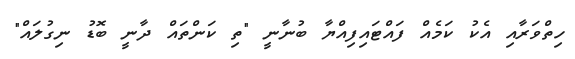
ހިތްވަރާއި އެކު ކަމެއް ފައްޓައިފިއްޔާ ބުނާނީ "ތި ކަންތައް ދާނީ ބޮޑު ނިގުލައް"